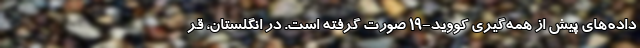
داده‌های پیش از همه‌گیری کووید-۱۹ صورت گرفته است. در انگلستان، قر